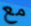
مع